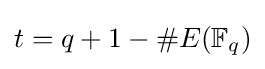
t=q+1-\#E(\mathbb {F} _{q})